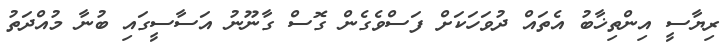
ރިޔާސީ އިންތިޚާބު އެތައް ދުވަހަކަށް ފަސްވެގެން ގޮސް ގާނޫނު އަސާސީގައި ބުނާ މުއްދަތު